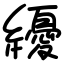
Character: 纋